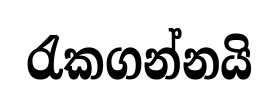
රැකගන්නයි